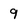
Character: 9